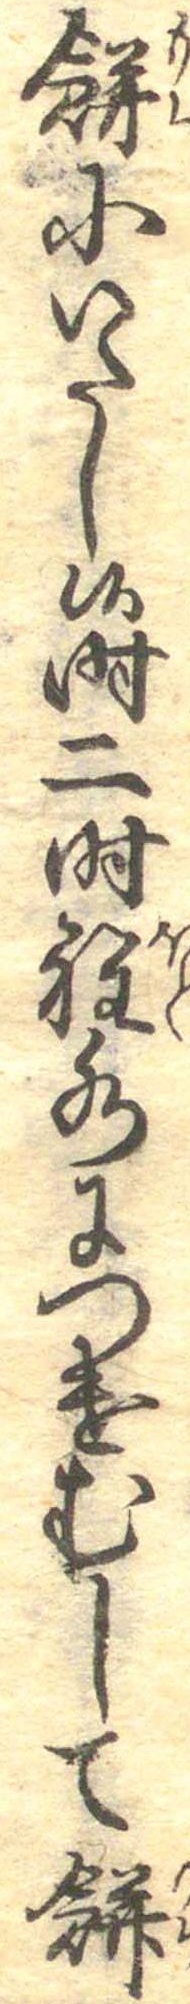
餅にいたし候時二時程水につけむして餅